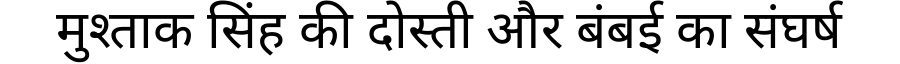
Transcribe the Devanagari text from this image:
मुश्ताक सिंह की दोस्ती और बंबई का संघर्ष